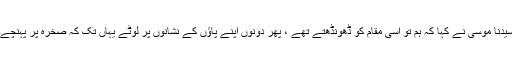
سیدنا موسیٰؑ نے کہا کہ ہم تو اسی مقام کو ڈھونڈھتے تھے ، پھر دونوں اپنے پاؤں کے نشانوں پر لوٹے یہاں تک کہ صخرہ پر پہنچے۔